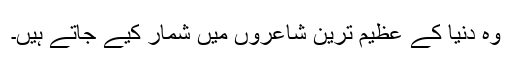
وہ دُنیا کے عظیم ترین شاعروں میں شمار کیے جاتے ہیں۔